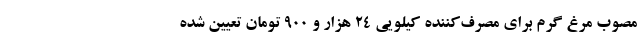
مصوب مرغ گرم برای مصرف‌کننده کیلویی ۲۴ هزار و ۹۰۰ تومان تعیین شده